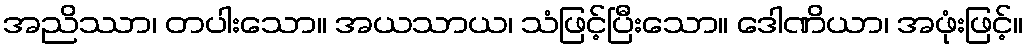
အညိဿာ၊ တပါးသော။ အယသာယ၊ သံဖြင့်ပြီးသော။ ဒေါဏိယာ၊ အဖုံးဖြင့်။